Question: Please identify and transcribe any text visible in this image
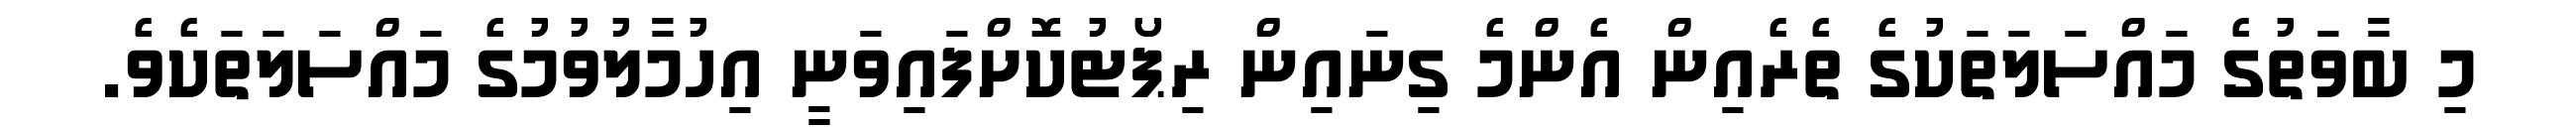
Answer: މި ބާވަތުގެ މައްސަލަތަކުގެ ތެރެއިން އެންމެ ގިނައިން ރިޕޯޓުކޮށްފައިވަނީ އިހުމާލުވުމުގެ މައްސަލަތަކެވެ.